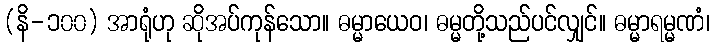
(နိ-၁၀၀) အာရုံဟု ဆိုအပ်ကုန်သော။ ဓမ္မာယေဝ၊ ဓမ္မတို့သည်ပင်လျှင်။ ဓမ္မာရမ္မဏံ၊